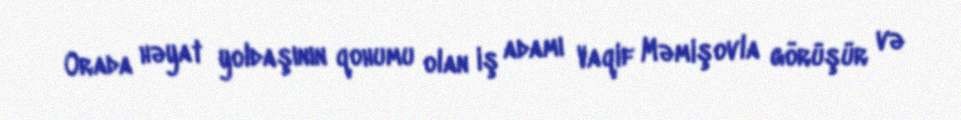
Orada həyat yoldaşının qohumu olan iş adamı Vaqif Məmişovla görüşür və